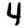
Digit: 4